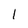
Character: 1